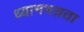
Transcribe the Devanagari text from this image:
ध्यानभग्नता